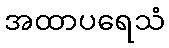
အထာပရေသံ